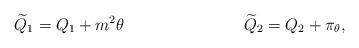
LaTeX: \begin{align*}{\widetilde Q_1} = Q_1 + m^2 \theta \hspace{1.2in} {\widetilde Q_2} = Q_2 + \pi_{\theta},\end{align*}